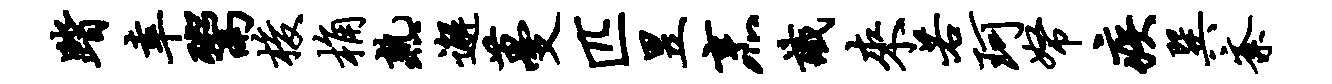
踏幸鬻梭桷熟邂蔓匹昱烹识来若珂帑疾巽紊